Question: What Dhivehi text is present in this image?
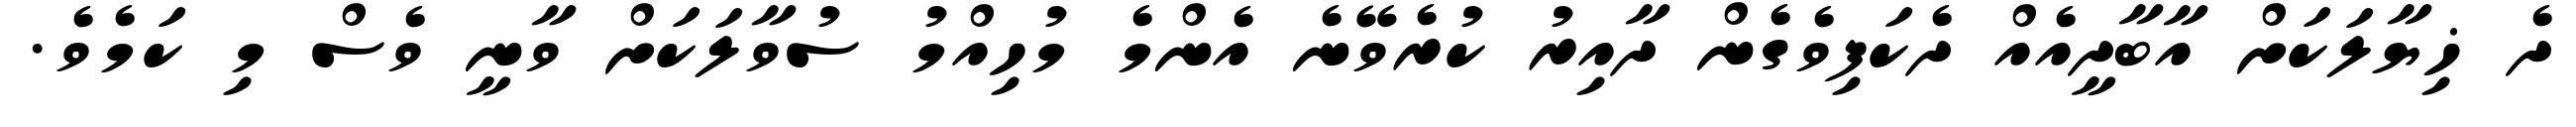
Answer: ދެ ޚިޔާލަކަށް އާބާދީއެއް ދެކަފިވެގެން ދާއިރު ކުރެވޭނެ އެންމެ މުހިއްމު ސުވާލަކަށް ވާނީ ވެސް މި ކަމެވެ.